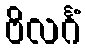
ဗိလင်္ဂံ